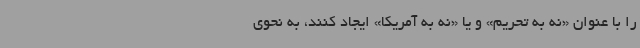
را با عنوان «نه به تحریم» و یا «نه به آمریکا» ایجاد کنند، به نحوی